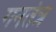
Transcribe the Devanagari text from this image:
गनतंत्र